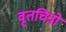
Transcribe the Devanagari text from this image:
वृतचित्रो